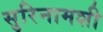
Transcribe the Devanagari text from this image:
सुरिनामशी